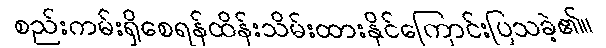
စည်းကမ်းရှိစေရန်ထိန်းသိမ်းထားနိုင်ကြောင်းပြသခဲ့၏။